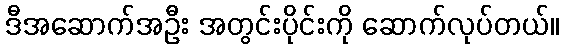
ဒီအဆောက်အဦး အတွင်းပိုင်းကို ဆောက်လုပ်တယ်။